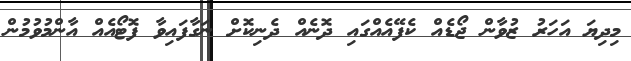
މިދިޔަ އަހަރު ޒުވާން ޖޯޑެއް ކެފޭއެއްގައި ދޮނެއް ދެނިކޮށް ނަގާފައިވާ ފޮޓޯއެއް އާންމުވުމުން